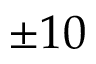
\pm 1 0